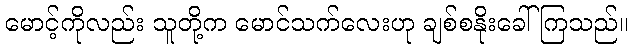
မောင့်ကိုလည်း သူတို့က မောင်သက်လေးဟု ချစ်စနိုးခေါ်ကြသည်။